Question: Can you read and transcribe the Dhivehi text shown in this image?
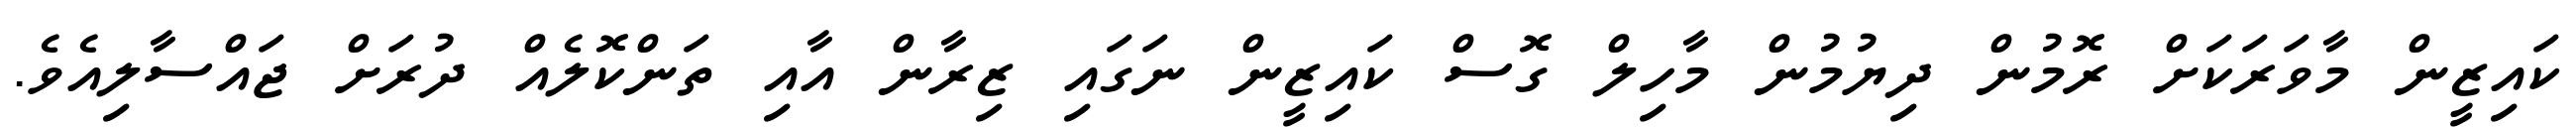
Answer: ކައިޒީން މާވަރަކަށް ރޮމުން ދިޔުމުން މާހިލް ގޮސް ކައިޒީން ނަގައި ޒިރާން އާއި ތަންކޮލެއް ދުރަށް ޖައްސާލިއެވެ.